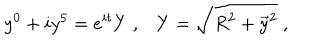
LaTeX: y ^ { 0 } + i y ^ { 5 } = e ^ { i t } Y \; , Y = \sqrt { R ^ { 2 } + \vec { y } { } ^ { 2 } } \; ,